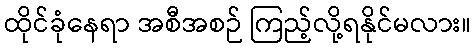
ထိုင်ခုံနေရာ အစီအစဉ် ကြည့်လို့ရနိုင်မလား။